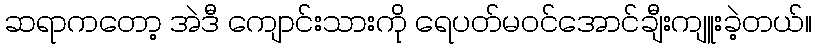
ဆရာကတော့ အဲဒီ ကျောင်းသားကို ရေပတ်မဝင်အောင်ချီးကျူးခဲ့တယ်။